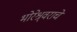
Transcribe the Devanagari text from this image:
भोरेश्र्वराचे